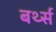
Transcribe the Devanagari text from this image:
बर्थ्स